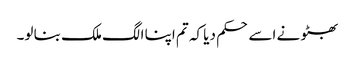
بھٹو نے اسے حکم دیا کہ تم اپنا الگ ملک بنا لو۔